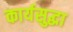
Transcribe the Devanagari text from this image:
कार्यसुद्धा